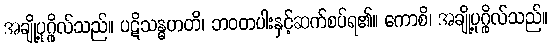
အချို့ပုဂ္ဂိုလ်သည်။ ပဋိသန္ဓဟတိ၊ ဘဝတပါးနှင့်ဆက်စပ်ရ၏။ ကောစိ၊ အချို့ပုဂ္ဂိုလ်သည်။